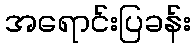
အရောင်းပြခန်း